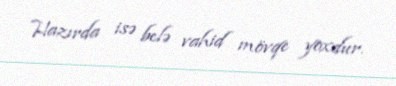
Hazırda isə belə vahid mövqe yoxdur.